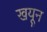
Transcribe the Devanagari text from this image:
खयून